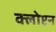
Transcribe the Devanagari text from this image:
क्लोप्टन